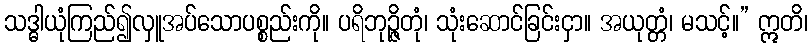
သဒ္ဓါယုံကြည်၍လှူအပ်သောပစ္စည်းကို။ ပရိဘုဉ္ဇိတုံ၊ သုံးဆောင်ခြင်းငှာ။ အယုတ္တံ၊ မသင့်။” ဣတိ၊